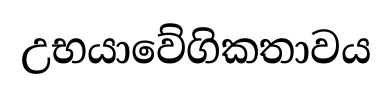
උභයාවේගිකතාවය